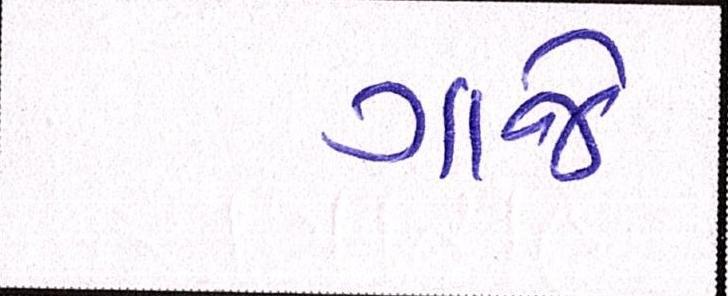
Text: ગાજે